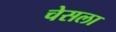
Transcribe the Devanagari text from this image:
चेसला